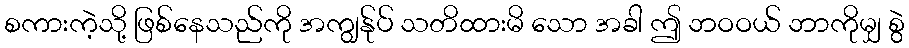
စကားကဲ့သို့ ဖြစ်နေသည်ကို အကျွန်ုပ် သတိထားမိ သော အခါ ဤ ဘဝဝယ် ဘာကိုမျှ စွဲ